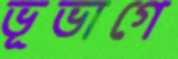
ভূভাগে